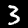
Label: 3